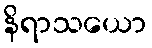
နိရာသယော